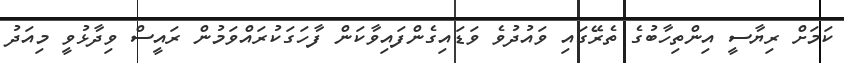
ކަމަށް ރިޔާސީ އިންތިހާބުގެ ތެރޭގައި ވައުދުވެ ވަޑައިގެންފައިވާކަން ފާހަގަކުރައްވަމުން ރައީސް ވިދާޅުވީ މިއަދު